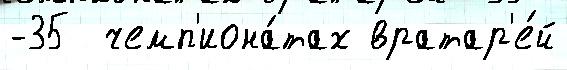
-35  чемп'иона́тах вратар'е́й